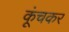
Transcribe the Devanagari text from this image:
कूंचकर